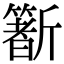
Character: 𣃑